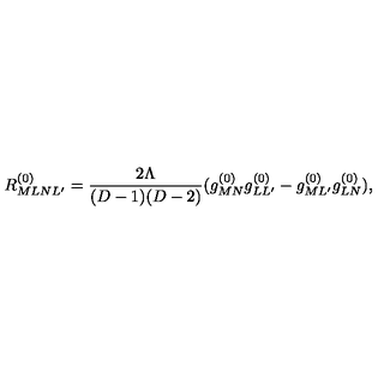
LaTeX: R _ { M L N L ^ { \prime } } ^ { ( 0 ) } = \frac { 2 \Lambda } { ( D - 1 ) ( D - 2 ) } ( g _ { M N } ^ { ( 0 ) } g _ { L L ^ { \prime } } ^ { ( 0 ) } - g _ { M L ^ { \prime } } ^ { ( 0 ) } g _ { L N } ^ { ( 0 ) } ) ,